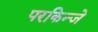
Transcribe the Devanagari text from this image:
परकिन्जे